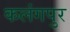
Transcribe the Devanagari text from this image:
कलंगपुर